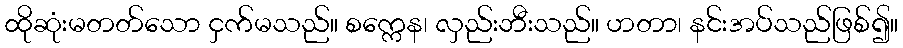
ထိုဆုံးမတတ်သော ငှက်မသည်။ စက္ကေန၊ လှည်းဘီးသည်။ ဟတာ၊ နင်းအပ်သည်ဖြစ်၍။